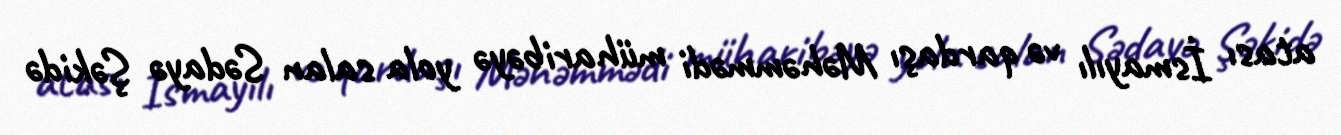
atası İsmayılı və qardaşı Məhəmmədi müharibəyə yola salan Sədayə Şəkidə